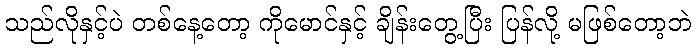
သည်လိုနှင့်ပဲ တစ်နေ့တော့ ကိုမောင်နှင့် ချိန်းတွေ့ပြီး ပြန်လို့ မဖြစ်တော့ဘဲ